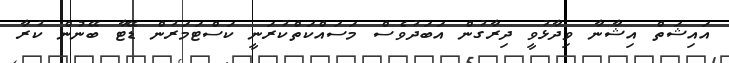
އައިޝަތް އިޝާނާ ވިދާޅުވީ ދިރާގުން އަބަދުވެސް މަސައްކަތްކުރަނީ ކަސްޓަމަރުން ޑޭޓާ ބޭނުން ކުރާ